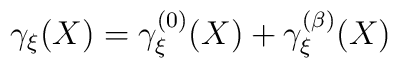
\gamma_\xi (X) = \gamma_\xi^{(0)} (X) + \gamma_\xi^{(\beta)} (X)